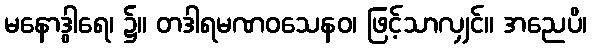
မနောဒွါရေ၊ ၌။ တဒါရမဏဝသေနဝ၊ ဖြင့်သာလျှင်။ အညေပိ၊